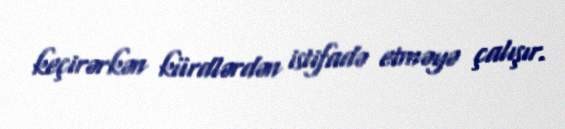
keçirərkən kürdlərdən istifadə etməyə çalışır.